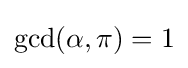
\gcd(\alpha ,\pi )=1